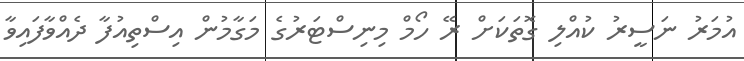
އުމަރު ނަސީރު ކުއްލި ގޮތަކަށް ރޭ ހޯމް މިނިސްޓަރުގެ މަގާމުން އިސްތިއުފާ ދެއްވާފައިވާ